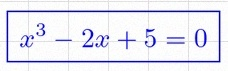
x^3-2x+5=0